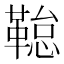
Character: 𮧢